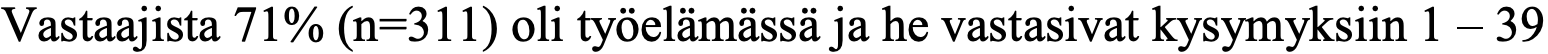
Vastaajista 71% (n=311) oli työelämässä ja he vastasivat kysymyksiin 1 – 39